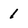
Character: 1